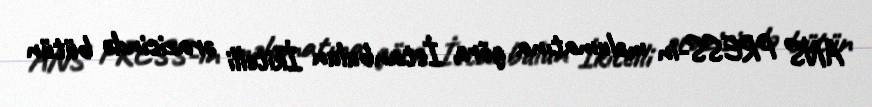
ANS PRESS-in məlumatına görə, İstanbulun İkitelli ərazisində bütün